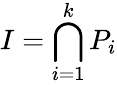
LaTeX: I=\bigcap_{i=1}^{k}P_{i}